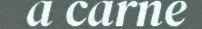
a carne